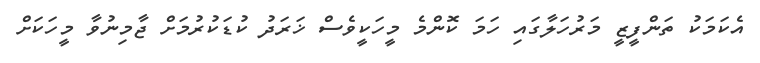
އެކަމަކު ތަންފީޒީ މަރުހަލާގައި ހަމަ ކޮންމެ މީހަކީވެސް ޚަރަދު ކުޑަކުރުމަށް ޖާމިނުވާ މީހަކަށް